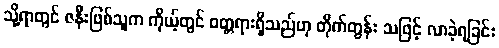
သို့ရာတွင် ဇနီးဖြစ်သူက ကိုယ့်တွင် ဝတ္တရားရှိသည်ဟု တိုက်တွန်း သဖြင့် လာခဲ့ရခြင်း